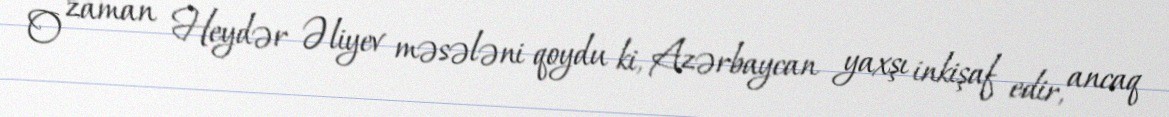
O zaman Heydər Əliyev məsələni qoydu ki, Azərbaycan yaxşı inkişaf edir, ancaq